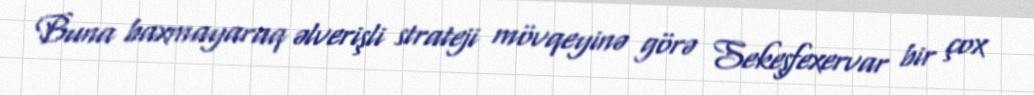
Buna baxmayaraq əlverişli strateji mövqeyinə görə Sekeşfexervar bir çox